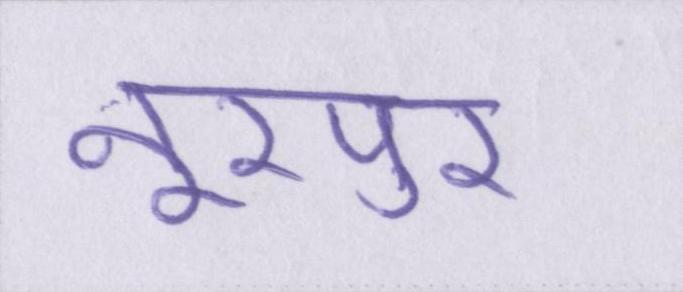
नूरपुर